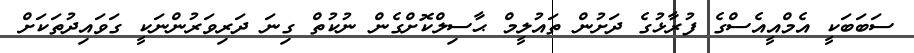
ސަބަބަކީ އެމްއީއެސްގެ ފުރާޅުގެ ދަށުން ތައުލީމް ޙާސިލްކޮށްގެން ނުކުތް ގިނަ ދަރިވަރުންނަކީ ގަވައިދުތަކަށް